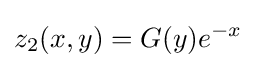
z_{2}(x,y)=G(y)e^{-x}